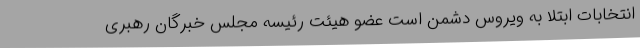
انتخابات ابتلا به ویروس دشمن است عضو هیئت رئیسه مجلس خبرگان رهبری